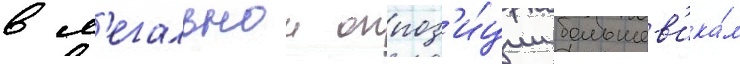
в л'егальнои оппоз'и́ции большев'ика́м